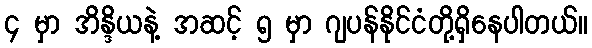
၄ မှာ အိန္ဒိယနဲ့ အဆင့် ၅ မှာ ဂျပန်နိုင်ငံတို့ရှိနေပါတယ်။